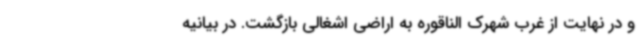
و در نهایت از غرب شهرک الناقوره به اراضی اشغالی بازگشت. در بیانیه